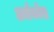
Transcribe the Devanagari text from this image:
अर्धकोश